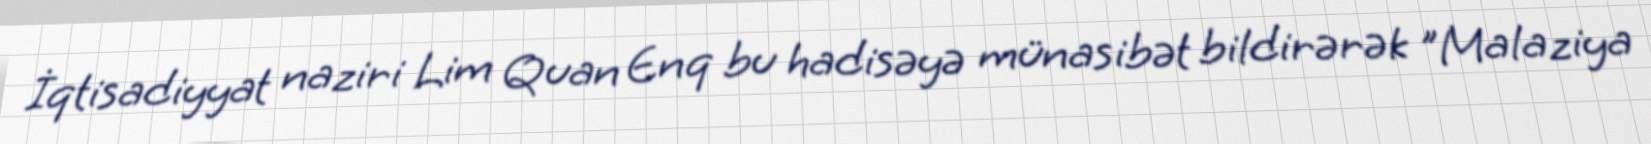
İqtisadiyyat naziri Lim Quan Enq bu hadisəyə münasibət bildirərək "Malaziya